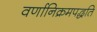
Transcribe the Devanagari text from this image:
वर्णानिक्रमपद्धति